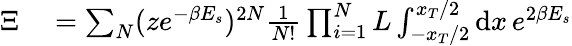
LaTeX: \begin{array}{rl}{\Xi}&{{}=\sum_{N}(ze^{-\beta E_{s}})^{2N}\frac{1}{N!}\prod_{i=1}^{N}L\int_{-x_{T}/2}^{x_{T}/2}\mathrm{d}x\, e^{2\beta E_{s}}}\end{array}